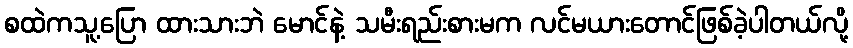
စထဲကသူ့ပြော ထားသားဘဲ မောင်နဲ့ သမီးရည်းစားမက လင်မယားတောင်ဖြစ်ခဲ့ပါတယ်လို့